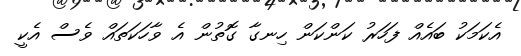
އެކަމަކު ބައެއް ފަހަރު ކަންކަން ހިނގާ ގޮތުން އެ ވާހަކަތައް ވެސް އެކީ